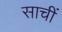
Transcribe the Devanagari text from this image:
साचीं